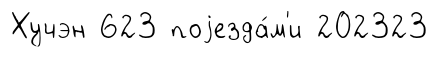
Хучэн 623 поjезда́м'и 202323